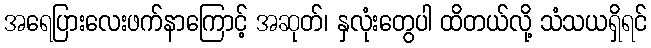
အရေပြားလေးဖက်နာကြောင့် အဆုတ်၊ နှလုံးတွေပါ ထိတယ်လို့ သံသယရှိရင်